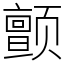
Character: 颤